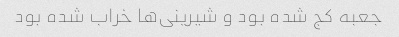
جعبه کج شده بود و شیرینی‌ها خراب شده بود